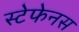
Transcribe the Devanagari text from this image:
स्टेफेनस